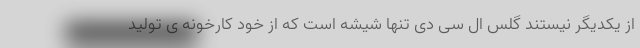
از یکدیگر نیستند گلس ال سی دی تنها شیشه است که از خود کارخونه ی تولید